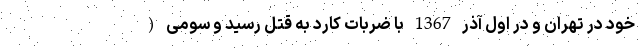
خود در تهران و در اول آذر 1367 با ضربات کارد به قتل رسید و سومی (